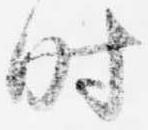
時